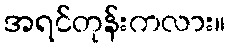
အရင်တုန်းကလား။